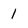
Character: 1